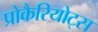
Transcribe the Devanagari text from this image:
प्रोकैरियोट्स